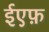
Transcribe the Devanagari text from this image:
ईएफ़